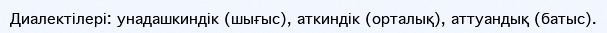
Диалектілері: унадашкиндік (шығыс), аткиндік (орталық), аттуандық (батыс).